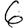
Digit: 6